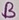
Text: B